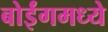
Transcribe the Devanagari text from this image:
बोईंगमध्ये